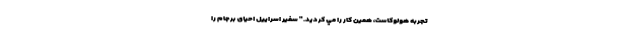
تجربه هولوكاست، همین كار را مي كرديد." سفیر اسراییل احیای برجام را